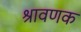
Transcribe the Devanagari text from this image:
श्रावणक